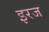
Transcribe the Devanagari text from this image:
इरज